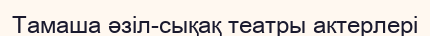
Тамаша әзіл-сықақ театры актерлері